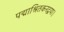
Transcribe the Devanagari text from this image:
पद्माश्रितकरद्वया।